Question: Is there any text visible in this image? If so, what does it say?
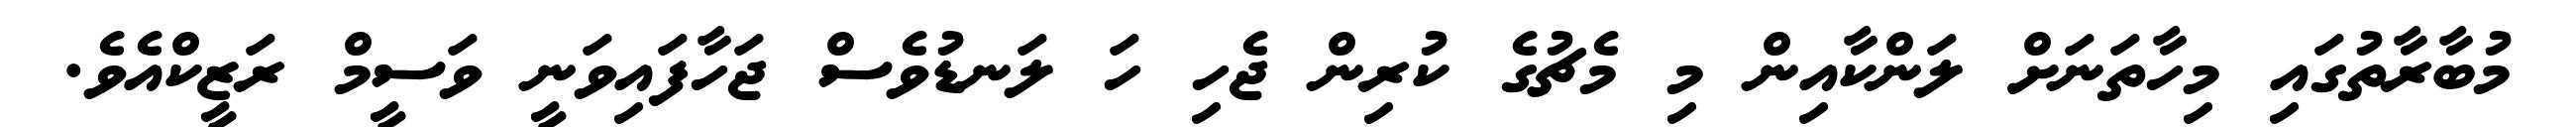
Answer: މުބާރާތުގައި މިހާތަނަށް ލަންކާއިން މި މެޗުގެ ކުރިން ޖެހި ހަ ލަނޑުވެސް ޖަހާފައިވަނީ ވަސީމް ރަޒީކްއެވެ.